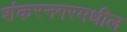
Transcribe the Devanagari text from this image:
शंकरनगरमधील